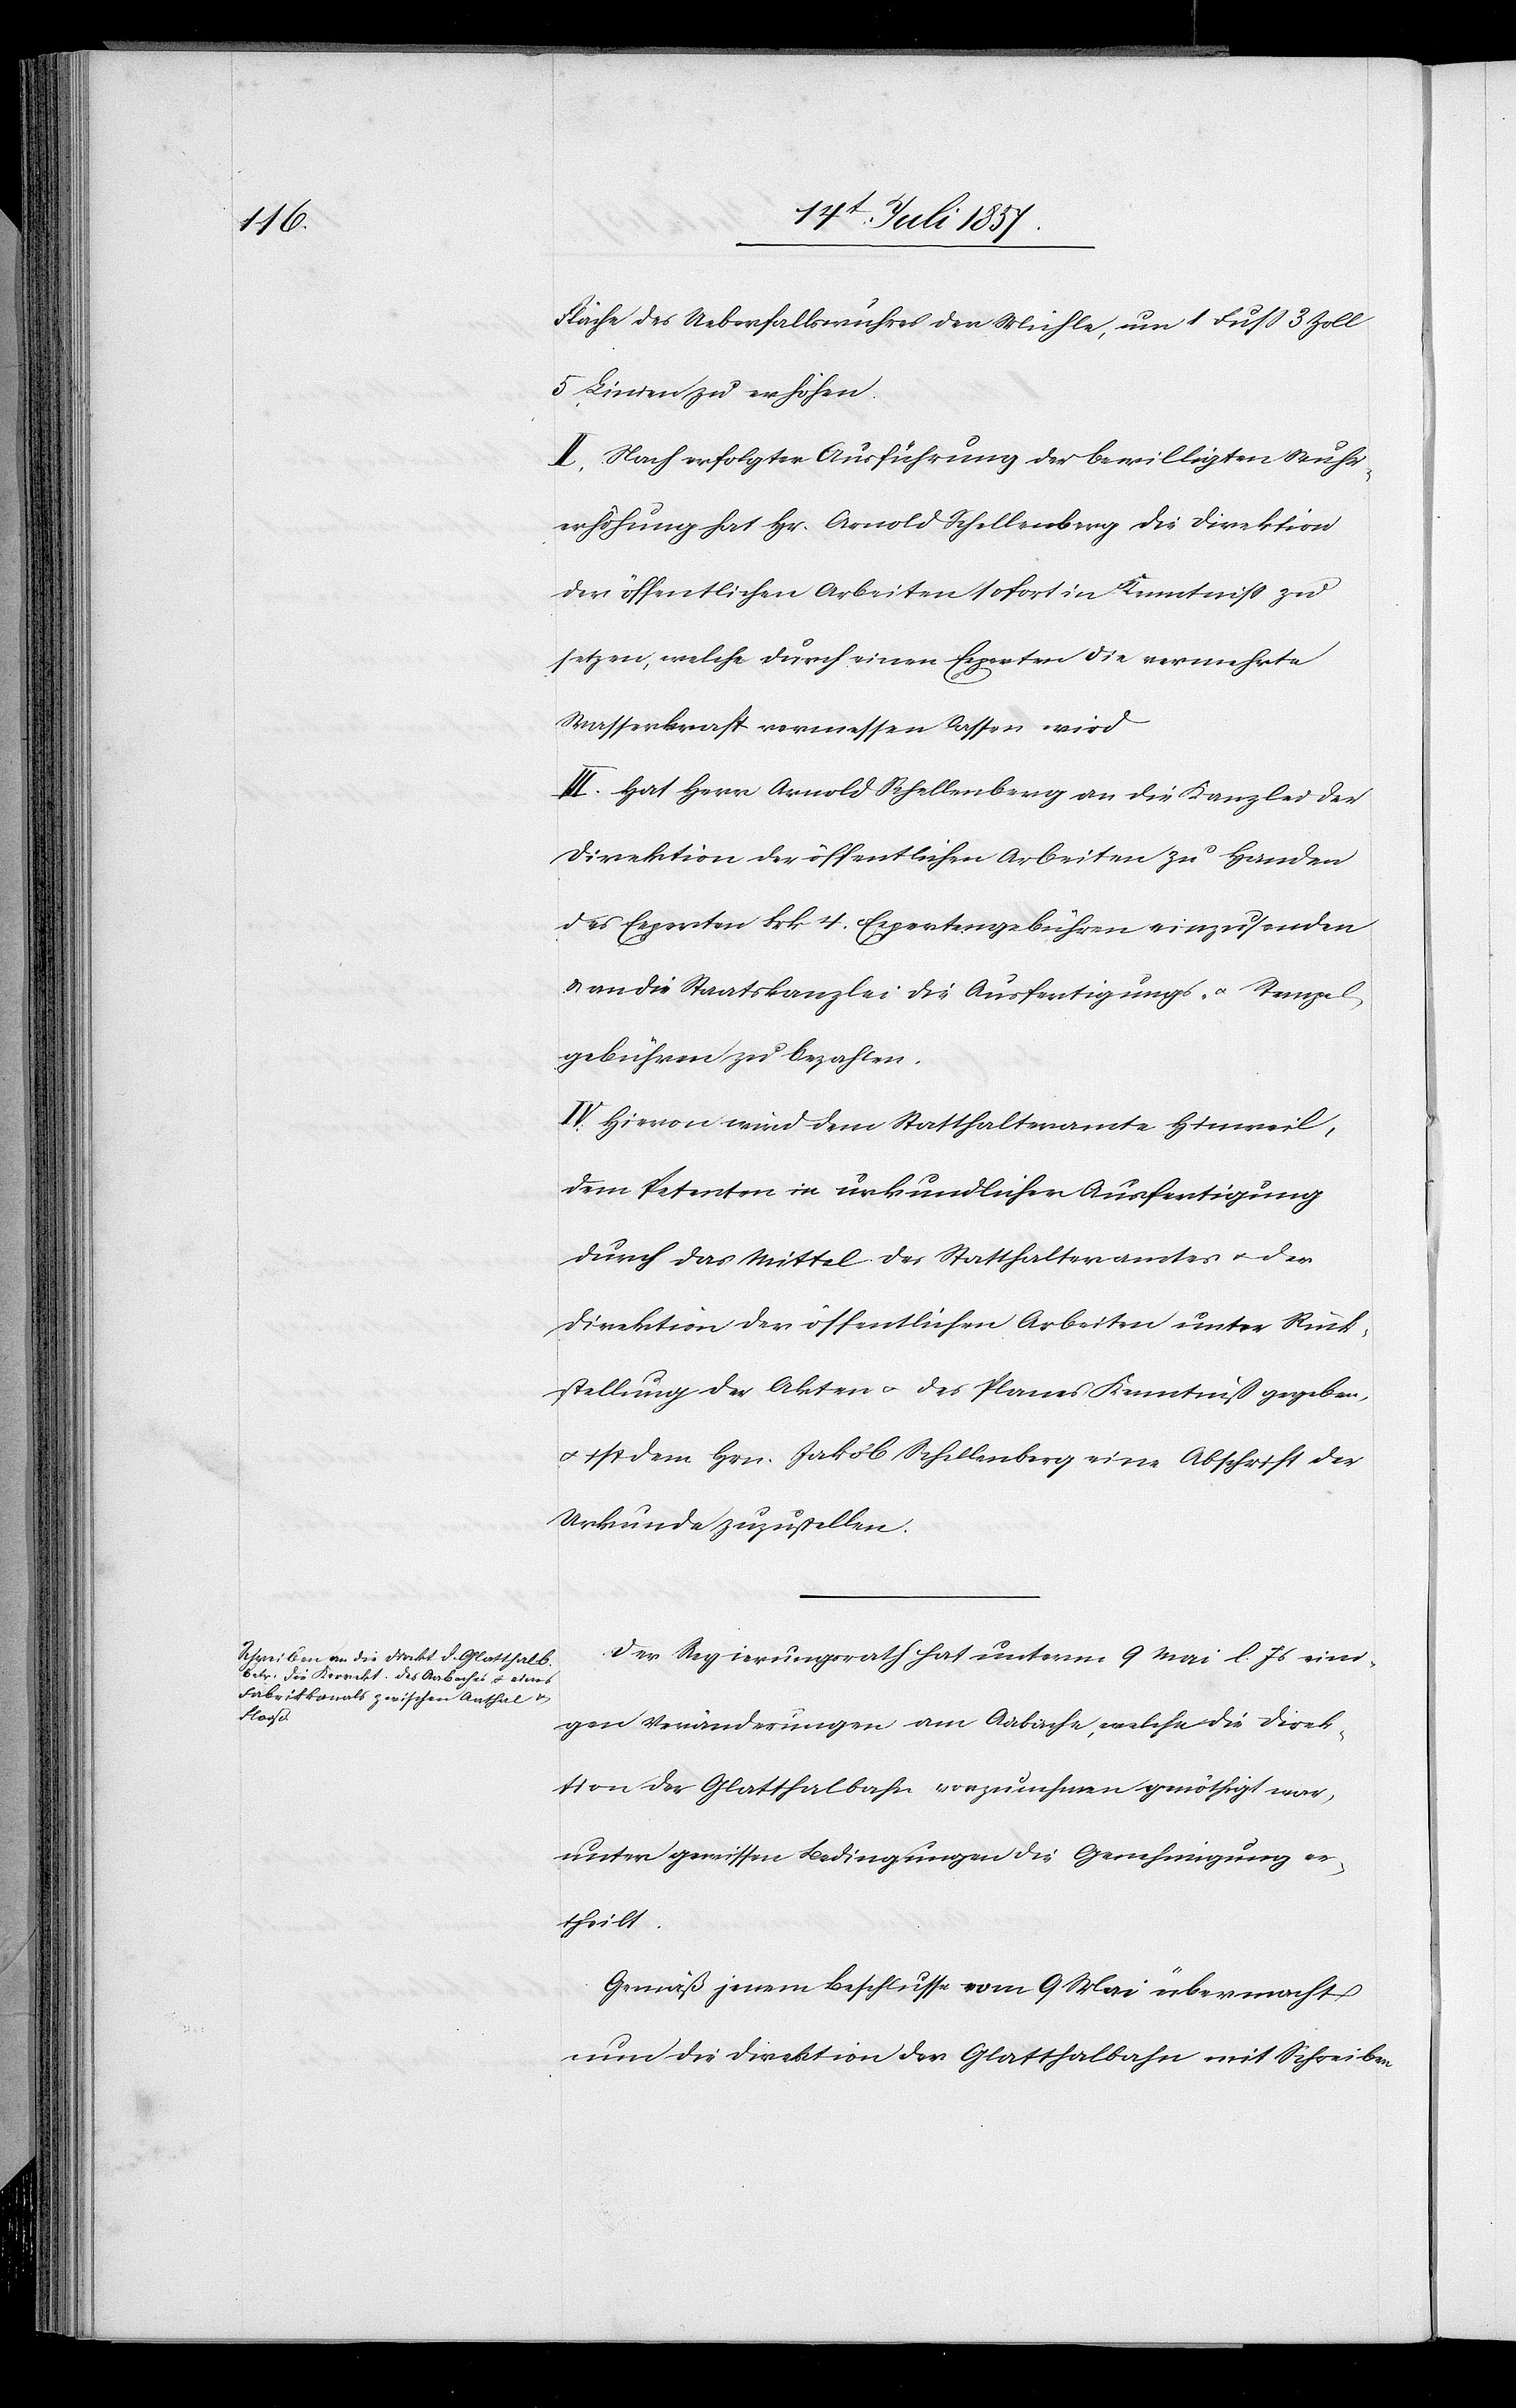
Fläche des Ueberfallswuhres der Mühle, um 1 Fuß 3 Zoll
5 Linien zu erhöhen.
II. Nach erfolgter Ausführung der bewilligten Wuhr¬
erhöhung hat Hr. Arnold Schellenberg die Direktion
der öffentlichen Arbeiten sofort in Kenntniß zu
setzen, welche durch einen Experten die vermehrte
Wasserkraft vermessen lassen wird.
III. Hat Herr Arnold Schellenberg an die Kanzlei die
Direktion der öffentlichen Arbeiten zu Handen
des Experten Frk. 4 Expertengebühren einzusenden
& an die Staatskanzlei die Ausfertigungs- & Stempel¬
gebühren zu bezahlen.
IV. Hievon wird dem Statthalteramte Hinweil,
dem Petenten in urkundlicher Ausfertigung
durch das Mittel des Statthalteramtes & der
Direktion der öffentlichen Arbeiten unter Rück¬
stellung der Akten & des Planes Kenntniß gegeben,
& ist dem Hrn. Jakob Schellenberg eine Abschrift der
Urkunde zuzustellen.
Der Regierungsrath hat unterm 9 Mai l. Js. eini¬
gen Veränderungen am Aabache, welche die Direk¬
tion der Glatthalbahn vorzunehmen genöthigt war,
unter gewissen Bedingungen die Genehmigung er¬
theilt.
Gemäß jenem Beschlusse vom 9 Mai übermacht
nun die Direktion der Glatthalbahn mit Schreiben